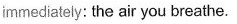
immediately: the air you breathe.